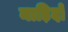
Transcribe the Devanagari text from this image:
नाड़िदो